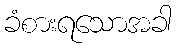
ခံစားရသောအခါ